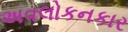
અવલોકનકાર